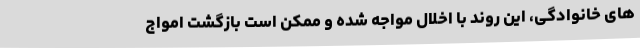
های خانوادگی، این روند با اخلال مواجه شده و ممکن است بازگشت امواج